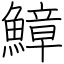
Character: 鱆